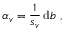
\alpha _ { v } = \frac { 1 } { s _ { v } } \, \mathrm { d } b \ ,